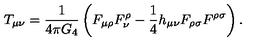
T _ { \mu \nu } = \frac { 1 } { 4 \pi G _ { 4 } } \left( F _ { \mu \rho } F _ { \nu } ^ { \rho } - \frac { 1 } { 4 } h _ { \mu \nu } F _ { \rho \sigma } F ^ { \rho \sigma } \right) .